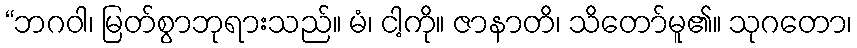
“ဘဂဝါ၊ မြတ်စွာဘုရားသည်။ မံ၊ ငါ့ကို။ ဇာနာတိ၊ သိတော်မူ၏။ သုဂတော၊